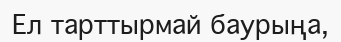
Ел тарттырмай баурыңа,